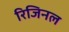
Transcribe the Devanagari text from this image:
रिजिनल